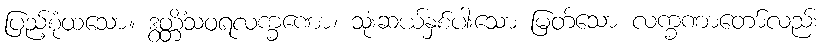
ပြည့်စုံထသော။ ဒွတ္တိံသဝရလက္ခဏော၊ သုံးဆယ်နှစ်ပါးသော မြတ်သော လက္ခဏာတော်လည်း